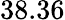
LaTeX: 38.36